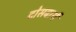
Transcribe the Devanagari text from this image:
दोसबार्थ